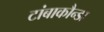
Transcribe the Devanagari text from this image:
टांबाकौन्डा